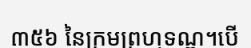
៣៥៦ នៃក្រមព្រហ្មទណ្ឌ។បើ